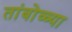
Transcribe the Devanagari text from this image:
तांबोळ्या